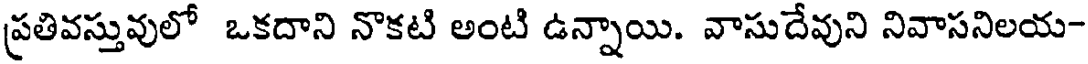
ప్రతివస్తువులో ఒకదాని నొకటి అంటి ఉన్నాయి. వాసుదేవుని నివాసనిలయ-